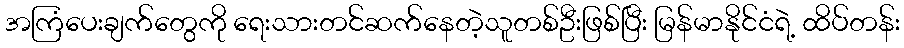
အကြံပေးချက်တွေကို ရေးသားတင်ဆက်နေတဲ့သူတစ်ဦးဖြစ်ပြီး မြန်မာနိုင်ငံရဲ့ ထိပ်တန်း